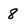
Character: 8